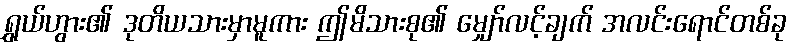
ရွှယ်ဟွား၏ ဒုတိယသားမှာမူကား ဤမိသားစု၏ မျှော်လင့်ချက် အလင်းရောင်တစ်ခု